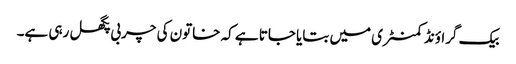
بیک گراؤنڈ کمنٹری میں بتایا جاتا ہے کہ خاتون کی چربی پگھل رہی ہے۔